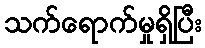
သက်ရောက်မှုရှိပြီး